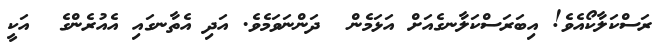
ރަސްކަލާކޯއެވެ! އިބަރަސްކަލާނގެއަށް އަޅަމެން  ދަންނަވަމެވެ. އަދި އެތާނގައި އެއުރެންގެ  އަކީ